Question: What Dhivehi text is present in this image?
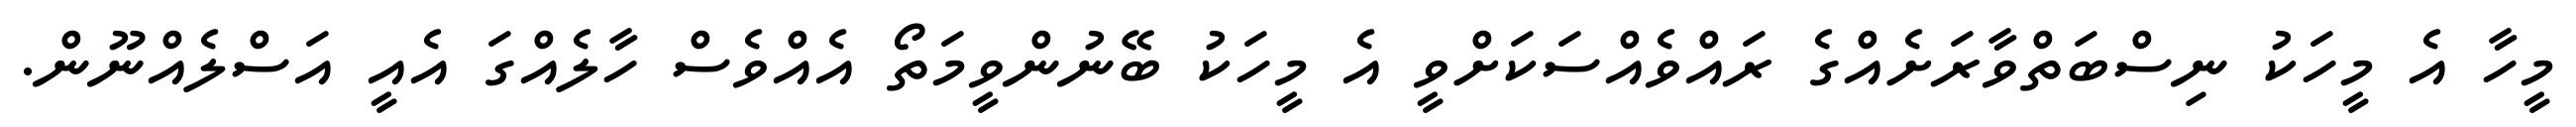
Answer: މީހާ އެ މީހަކު ނިސްބަތްވާރަށެއްގެ ރައްވެއްސަކަށްވީ އެ މީހަކު ބޭނުންވީމަތޯ އެއްވެސް ހާލެއްގަ އެއީ އަސްލެއްނޫން.